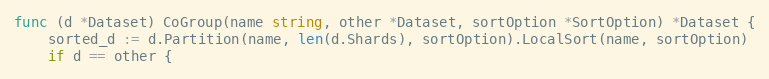
Language: Go
func (d *Dataset) CoGroup(name string, other *Dataset, sortOption *SortOption) *Dataset {
	sorted_d := d.Partition(name, len(d.Shards), sortOption).LocalSort(name, sortOption)
	if d == other {